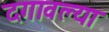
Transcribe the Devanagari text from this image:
दगावल्या